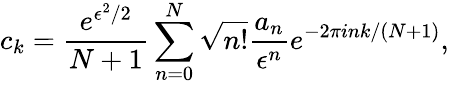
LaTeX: c_{k}=\frac{e^{\epsilon^{2}/2}}{N+1}\sum_{n=0}^{N}\sqrt{n!}\frac{a_{n}}{\epsilon^{n}}e^{-2\pi ink/(N+1)},